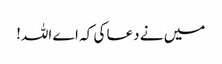
میں نے دعا کی کہ اے اللہ!